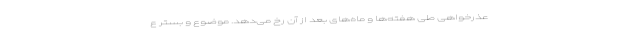
عذرخواهی طی هفته‌ها و ماه‌های بعد از آن رخ می‌دهد. موضوع و بستر ع